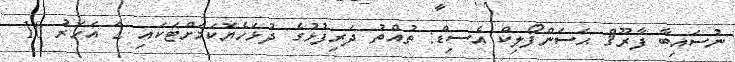
ނުސައިބާ ފާރޫޤް ޙަސަންފޯލިކް އެސިޑް: ތުއްތު ދަރިފުޅުގެ ދުޅަހެޔޮކަމަށްޓަކައި 2 އަހަރު 10